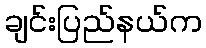
ချင်းပြည်နယ်က